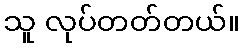
သူ လုပ်တတ်တယ်။